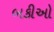
બકીઓ